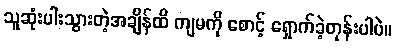
သူဆုံးပါးသွားတဲ့အချိန်ထိ ကျမကို စောင့် ရှောက်ခဲ့တုန်းပါပဲ။